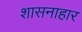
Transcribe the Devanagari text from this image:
शासनाहार